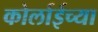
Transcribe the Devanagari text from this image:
कोर्लाईच्या